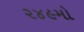
૨૪૯મો